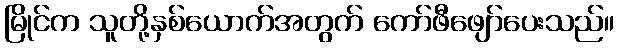
မြိုင်က သူတို့နှစ်ယောက်အတွက် ကော်ဖီဖျော်ပေးသည်။